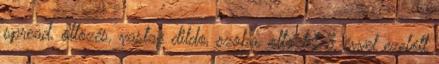
spread, öltözés, vastag dildo, szoba, oltoztet 3 évvel ezelőtt